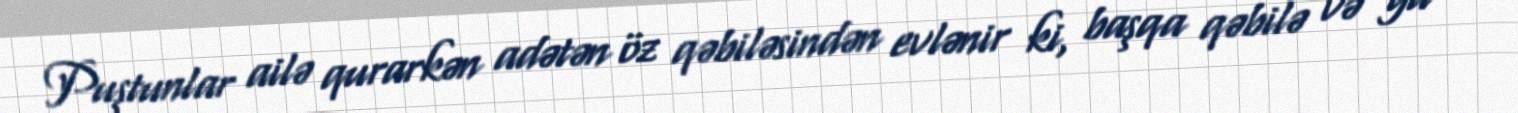
Puştunlar ailə qurarkən adətən öz qəbiləsindən evlənir ki, başqa qəbilə və ya